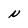
Character: N